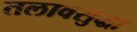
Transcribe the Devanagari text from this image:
तलावसुद्धा